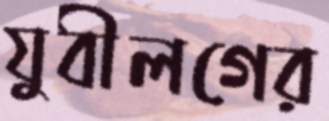
যুবীলগের